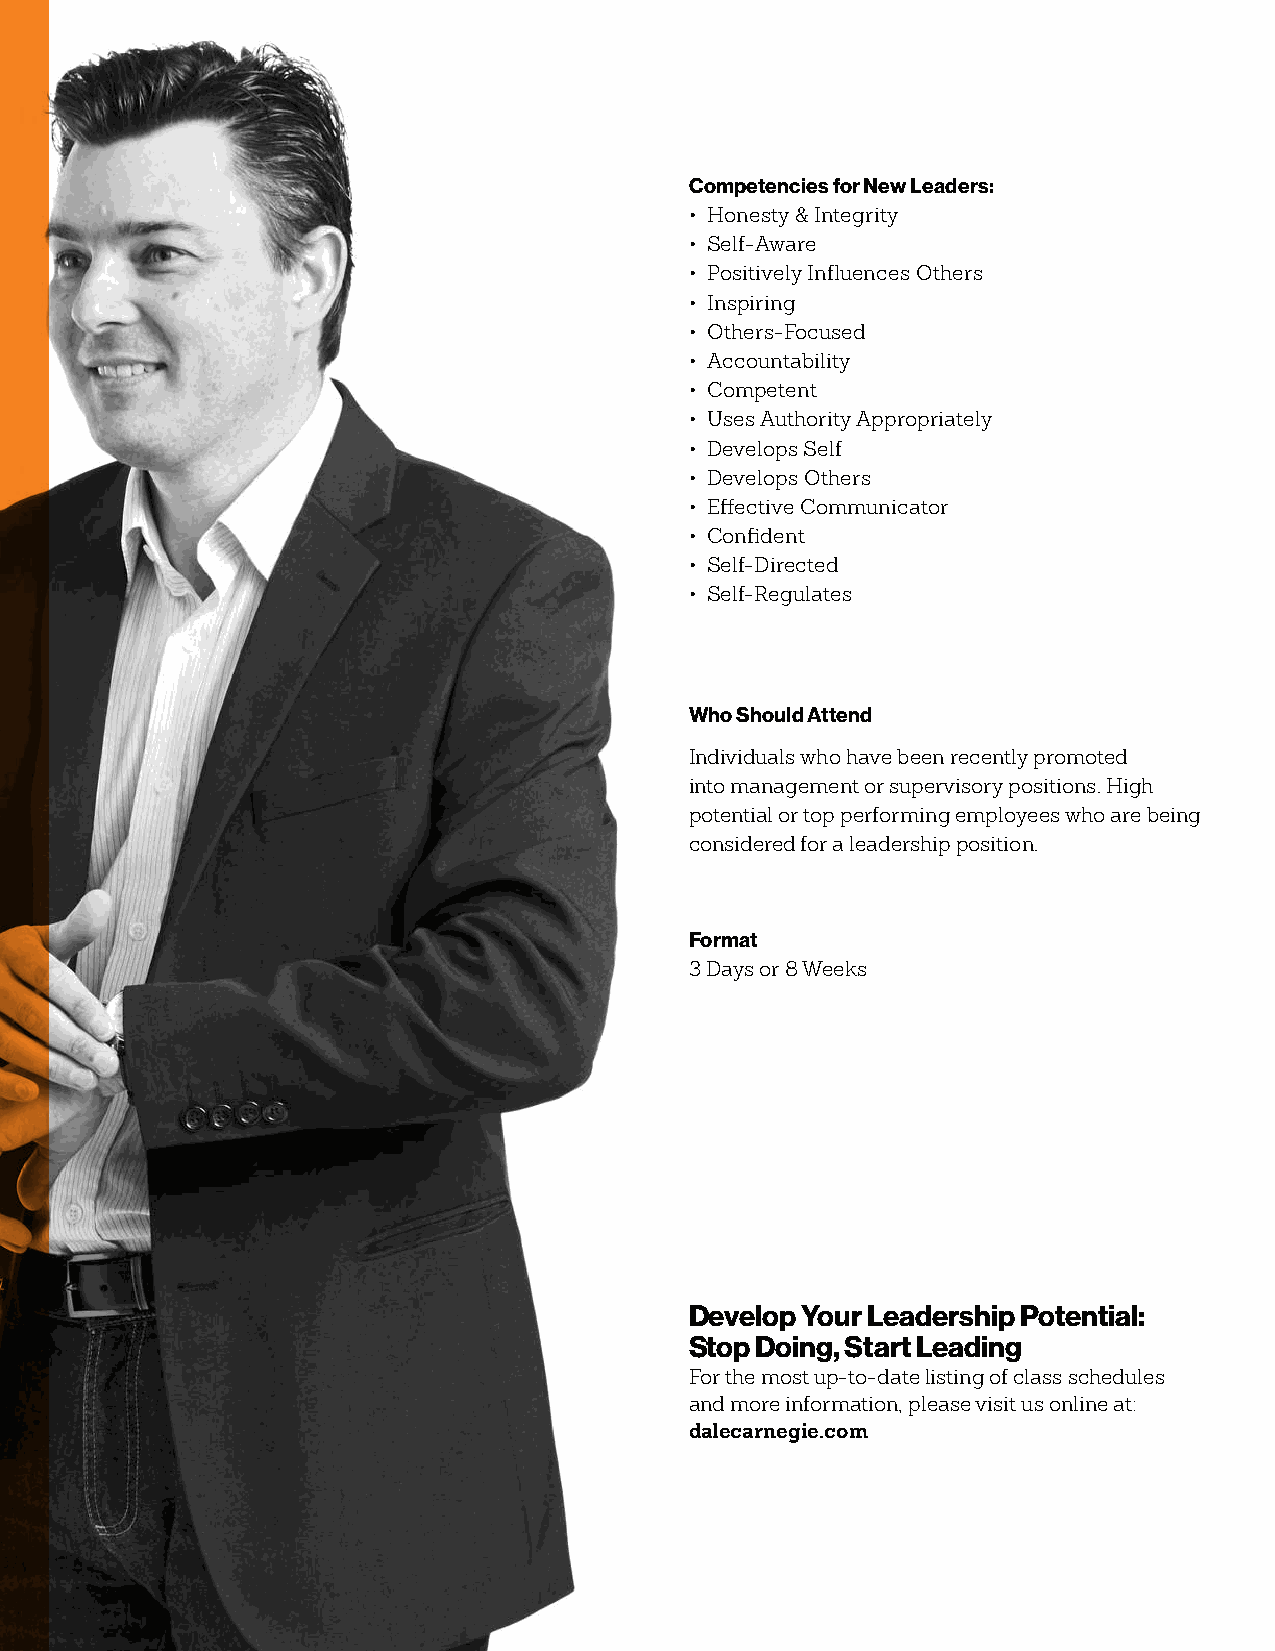
Competencies for New Leaders:
 • Honesty & Integrity
 • Self-Aware
 • Positively Influences Others
 • Inspiring
 • Others-Focused
 • Accountability
 • Competent
 • Uses Authority Appropriately
 • Develops Self
 • Develops Others
 • Effective Communicator
 • Confident
 • Self-Directed
 • Self-Regulates
 Who Should Attend
 Individuals who have been recently promoted
 into management or supervisory positions. High
 potential or top performing employees who are being
 considered for a leadership position.
 Format
 3 Days or 8 Weeks
 Develop Your Leadership Potential:
 Stop Doing, Start Leading
 For the most up-to-date listing of class schedules
 and more information, please visit us online at:
 dalecarnegie.com